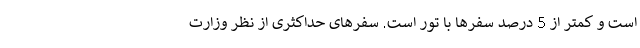
است و کمتر از 5 درصد سفرها با تور است. سفرهای حداکثری از نظر وزارت